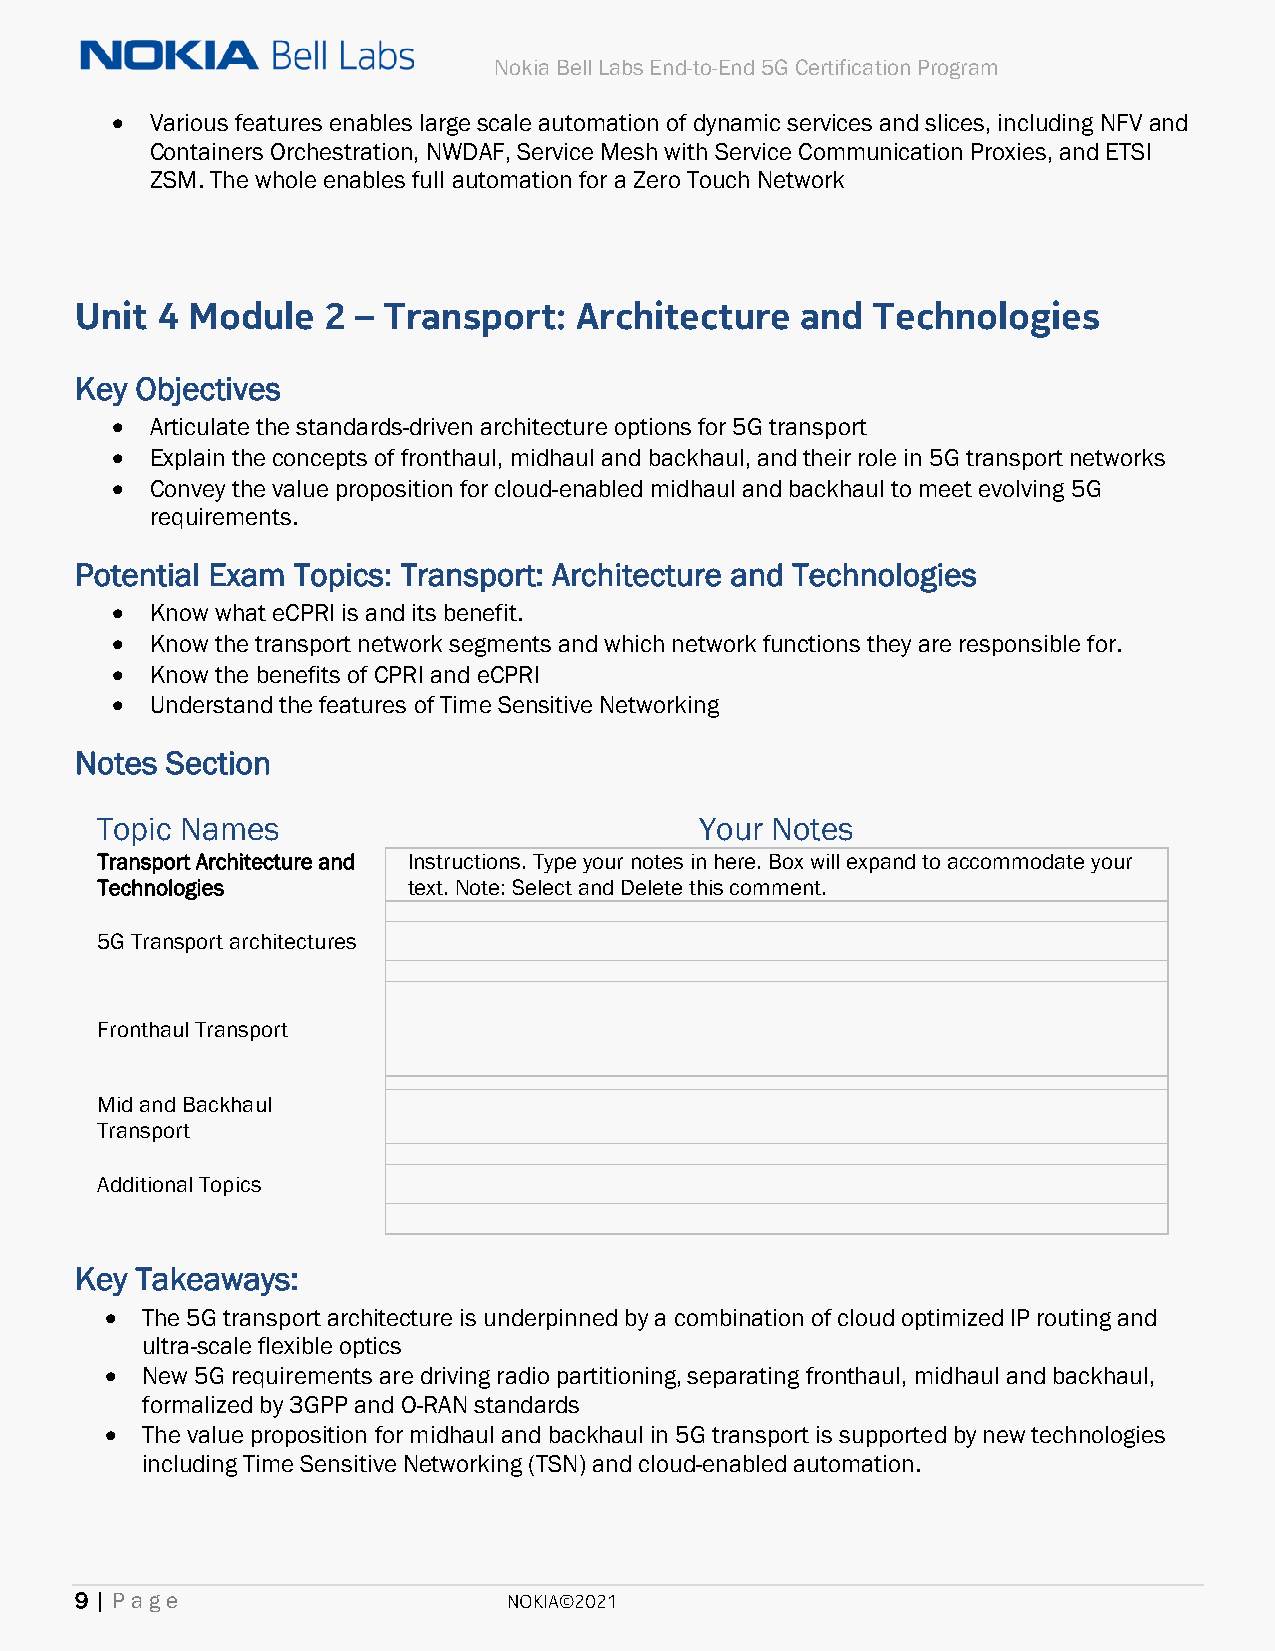
Nokia Bell Labs End-to-End 5G Certification Program
 •  Various features enables large scale automation of dynamic services and slices, including NFV and
 Containers Orchestration, NWDAF, Service Mesh with Service Communication Proxies, and ETSI
 ZSM. The whole enables full automation for a Zero Touch Network
 Unit 4 Module   2  – Transport:  Architecture   and  Technologies
 Key Objectives
 •  Articulate the standards-driven architecture options for 5G transport
 •  Explain the concepts of fronthaul, midhaul and backhaul, and their role in 5G transport networks
 •  Convey the value proposition for cloud-enabled midhaul and backhaul to meet evolving 5G
 requirements.
 Potential Exam Topics: Transport: Architecture and Technologies
 •  Know what eCPRI is and its benefit.
 •  Know the transport network segments and which network functions they are responsible for.
 •  Know the benefits of CPRI and eCPRI
 •  Understand the features of Time Sensitive Networking
 Notes Section
 Topic Names                             Your Notes
 Transport Architecture and Instructions. Type your notes in here. Box will expand to accommodate your
 Technologies         text. Note: Select and Delete this comment.
 5G Transport architectures
 Fronthaul Transport
 Mid and Backhaul
 Transport
 Additional Topics
 Key Takeaways:
 • The 5G transport architecture is underpinned by a combination of cloud optimized IP routing and
 ultra-scale flexible optics
 • New 5G requirements are driving radio partitioning, separating fronthaul, midhaul and backhaul,
 formalized by 3GPP and O-RAN standards
 • The value proposition for midhaul and backhaul in 5G transport is supported by new technologies
 including Time Sensitive Networking (TSN) and cloud-enabled automation.
 9 | Page                     NOKIA©2021